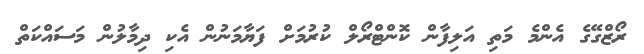
ރޯޒްގޭގެ އެންމެ މަތި އަލިފާން ކޮންޓްރޯލް ކުރުމަށް ފަޔާމަނުން އެކި ދިމާލުން މަސައްކަތް